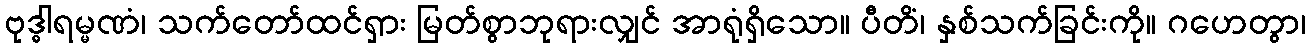
ဗုဒ္ဓါရမ္မဏံ၊ သက်တော်ထင်ရှား မြတ်စွာဘုရားလျှင် အာရုံရှိသော။ ပီတိံ၊ နှစ်သက်ခြင်းကို။ ဂဟေတွာ၊